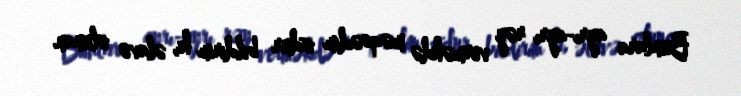
Bunlara ayrı-ayrı rəy verməkdə məqsədim odur bildirim ki, əlavə olunan